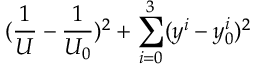
( \frac { 1 } { U } - \frac { 1 } { U _ { 0 } } ) ^ { 2 } + \sum _ { i = 0 } ^ { 3 } ( y ^ { i } - y _ { 0 } ^ { i } ) ^ { 2 }